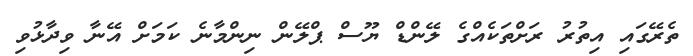
ތެރޭގައި އިތުރު ރަށްތަކެއްގެ ލޭންޑް ޔޫސް ޕްލޭން ނިންމާނެ ކަމަށް އޭނާ ވިދާޅުވި